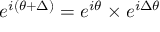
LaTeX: e ^ { i ( \theta + \Delta ) } = e ^ { i \theta } \times e ^ { i \Delta \theta }